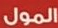
المول